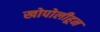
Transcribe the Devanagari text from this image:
खोपोलीहून